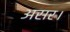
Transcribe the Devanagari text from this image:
असर।